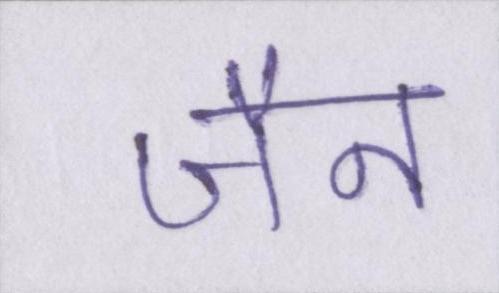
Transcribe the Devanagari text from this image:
जैन